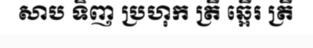
សាប ទិញ ប្រហុក ត្រី ឆ្អើរ ត្រី